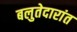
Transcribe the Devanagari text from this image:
बलुतेदारांत